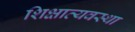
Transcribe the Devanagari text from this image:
शिक्षाव्यवस्था